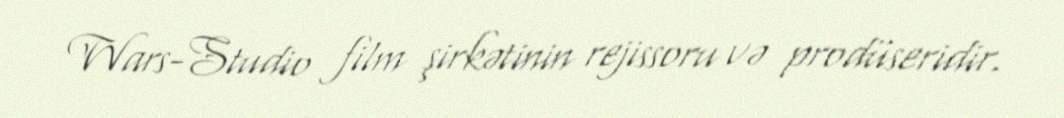
Wars-Studio film şirkətinin rejissoru və prodüseridir.